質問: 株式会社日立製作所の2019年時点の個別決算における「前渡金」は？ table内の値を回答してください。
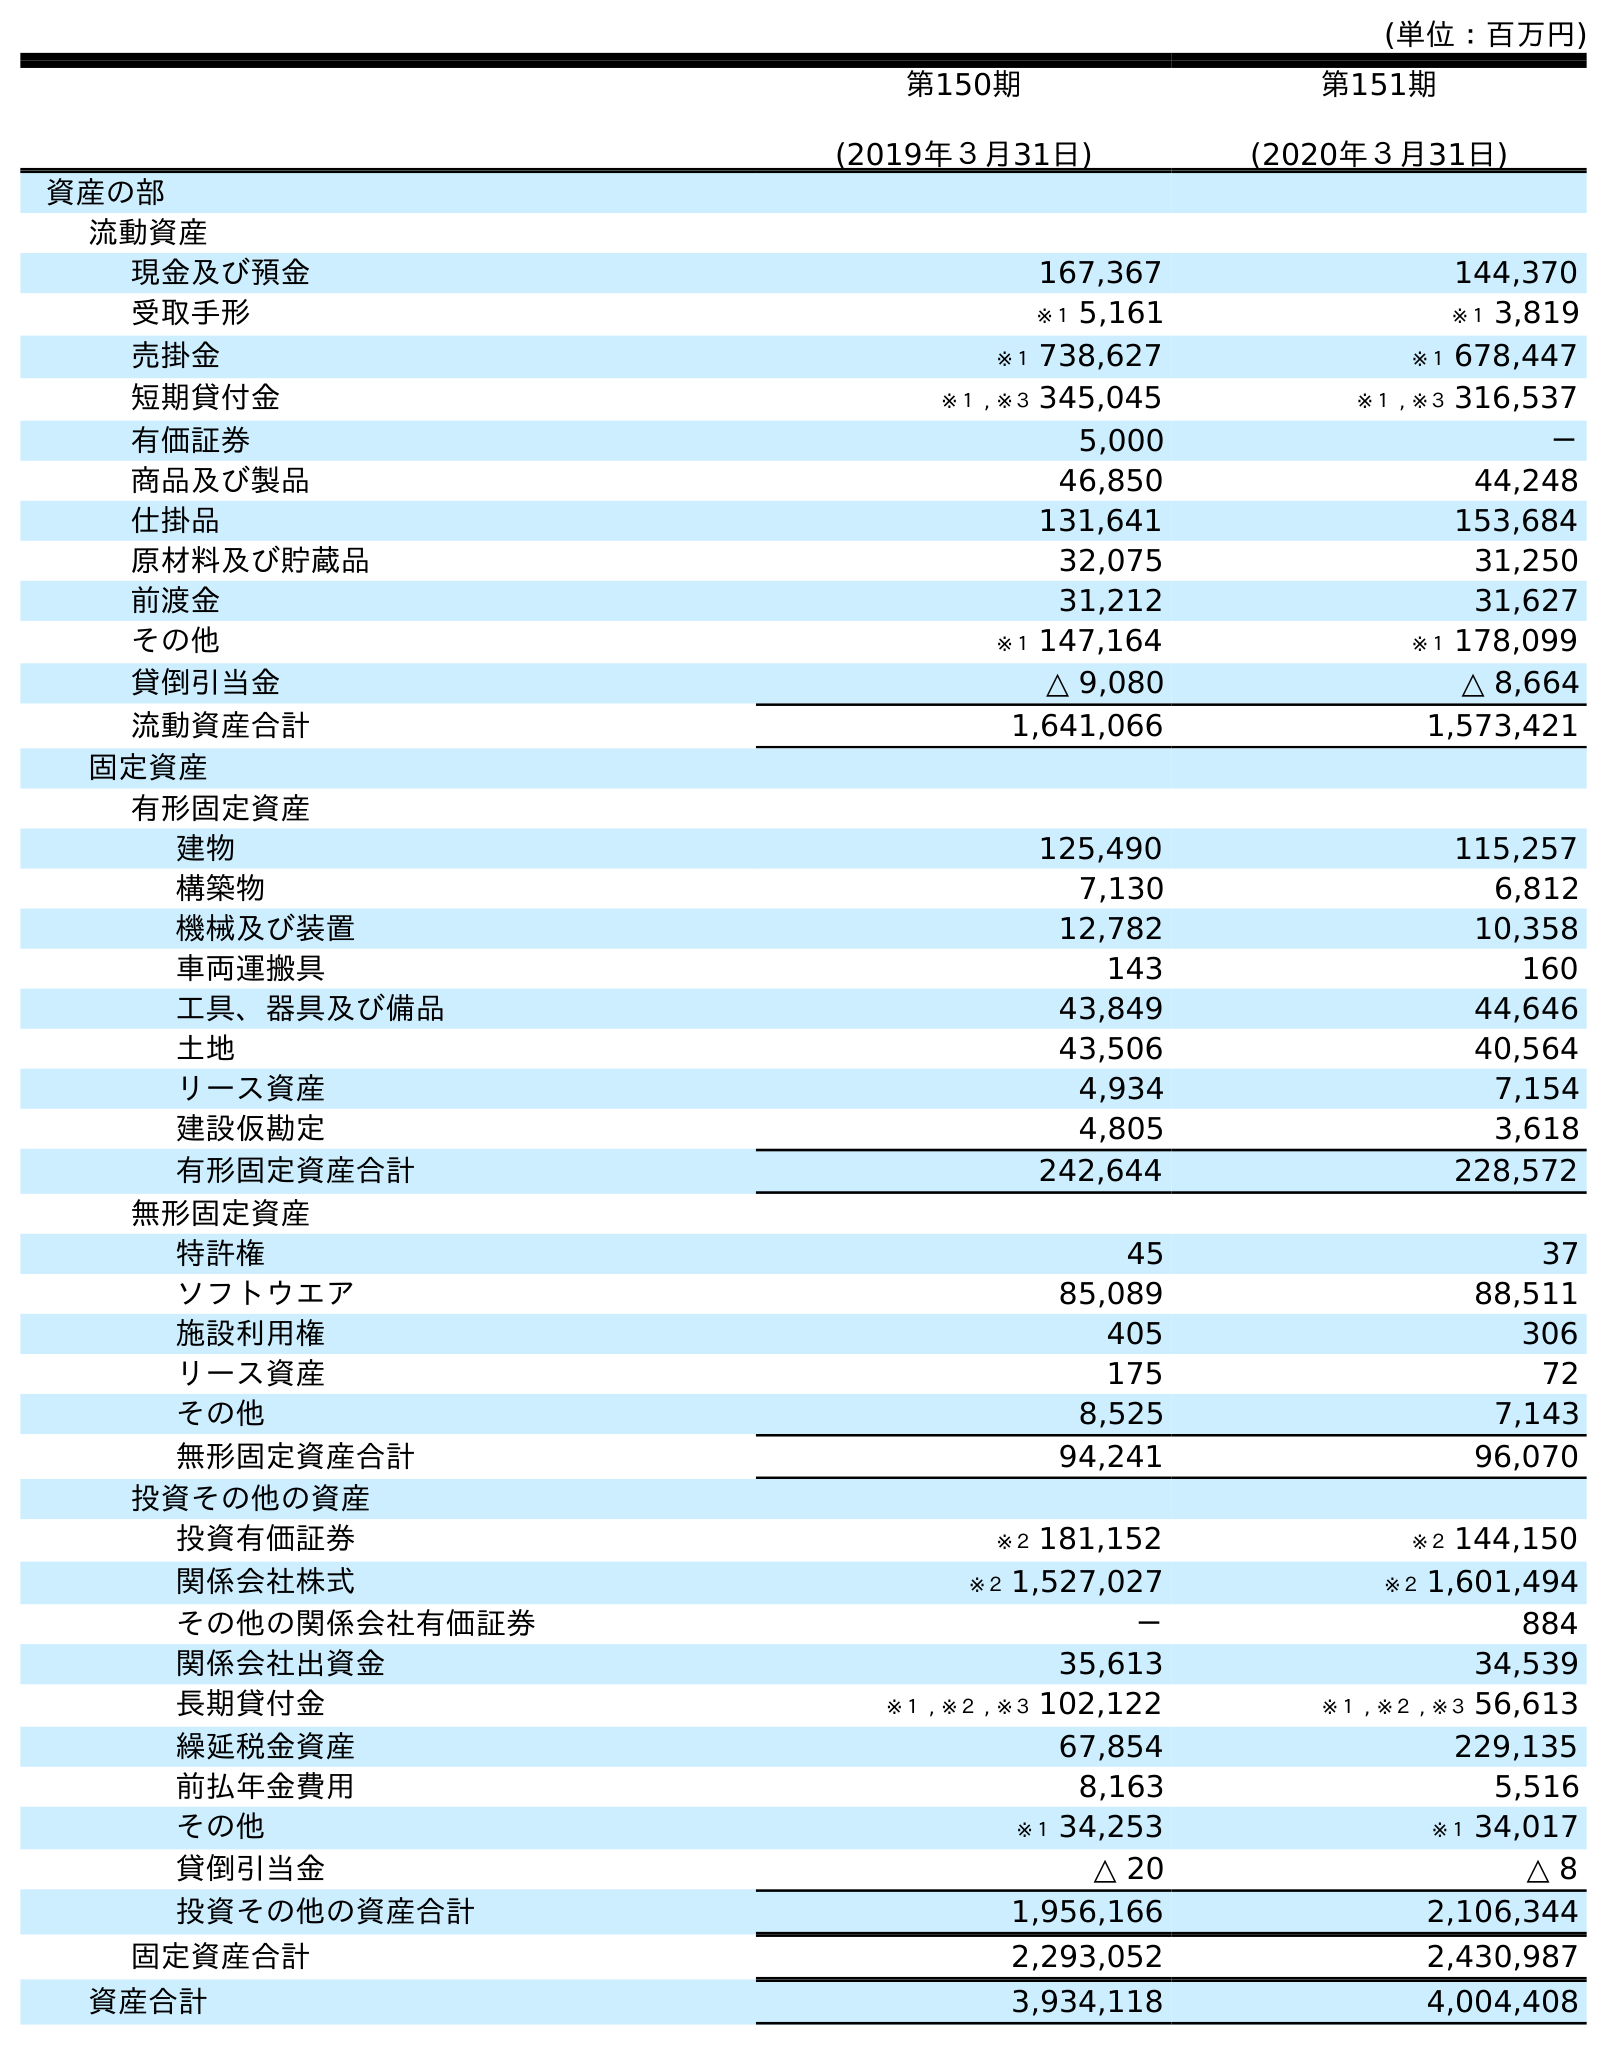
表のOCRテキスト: (単位：百万円) 第150期 (2019年３月31日) 第151期 (2020年３月31日) 資産の部 流動資産 現金及び預金 167,367 144,370 受取手形 ※１ 5,161 ※１ 3,819 売掛金 ※１ 738,627 ※１ 678,447 短期貸付金 ※１ , ※３ 345,045 ※１ , ※３ 316,537 有価証券 5,000 － 商品及び製品 46,850 44,248 仕掛品 131,641 153,684 原材料及び貯蔵品 32,075 31,250 前渡金 31,212 31,627 その他 ※１ 147,164 ※１ 178,099 貸倒引当金 △ 9,080 △ 8,664 流動資産合計 1,641,066 1,573,421 固定資産 有形固定資産 建物 125,490 115,257 構築物 7,130 6,812 機械及び装置 12,782 10,358 車両運搬具 143 160 工具、器具及び備品 43,849 44,646 土地 43,506 40,564 リース資産 4,934 7,154 建設仮勘定 4,805 3,618 有形固定資産合計 242,644 228,572 無形固定資産 特許権 45 37 ソフトウエア 85,089 88,511 施設利用権 405 306 リース資産 175 72 その他 8,525 7,143 無形固定資産合計 94,241 96,070 投資その他の資産 投資有価証券 ※２ 181,152 ※２ 144,150 関係会社株式 ※２ 1,527,027 ※２ 1,601,494 その他の関係会社有価証券 － 884 関係会社出資金 35,613 34,539 長期貸付金 ※１ , ※２ , ※３ 102,122 ※１ , ※２ , ※３ 56,613 繰延税金資産 67,854 229,135 前払年金費用 8,163 5,516 その他 ※１ 34,253 ※１ 34,017 貸倒引当金 △ 20 △ 8 投資その他の資産合計 1,956,166 2,106,344 固定資産合計 2,293,052 2,430,987 資産合計 3,934,118 4,004,408
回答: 31,212